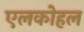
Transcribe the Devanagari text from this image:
एलकोहल